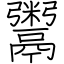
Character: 鬻